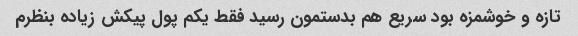
تازه و خوشمزه بود سریع هم بدستمون رسید فقط یکم پول پیکش زیاده بنظرم